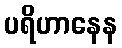
ပရိဟာနေန